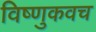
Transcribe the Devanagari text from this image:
विष्णुकवच